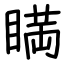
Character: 𥈞